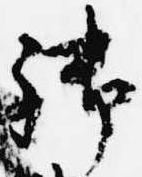
御